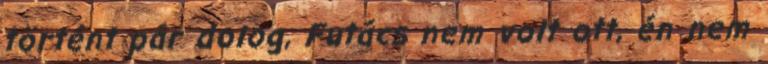
történt pár dolog, Futács nem volt ott, én nem